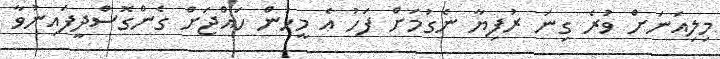
މިލިއަނަށް ވުރެ ގިނަ ރުފިޔާ ނެގުމަށް ފަހު އެ މީހުން ހައްޖަށް ގެންގޮސްދީފައިނުވާ